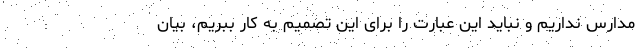
مدارس نداریم و نباید این عبارت را برای این تصمیم به کار ببریم، بیان